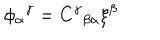
\phi _ { \alpha } \hspace { 0 . 1 m m } ^ { \gamma } = C ^ { \gamma } \hspace { 0 . 1 m m } _ { \beta \alpha } \xi ^ { \beta }